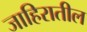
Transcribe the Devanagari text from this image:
जाहिरातील